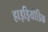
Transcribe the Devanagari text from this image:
हाइड्रियोडिक